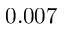
0 . 0 0 7